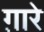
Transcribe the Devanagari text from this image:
ग़ारे